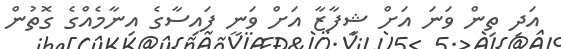
އަދި ތިން ވަނަ އަށް ޝިފާޒާ އަށް ވަނީ ފައިސާގެ އިނާމެއްގެ ގޮތުން